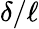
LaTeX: \delta/\ell